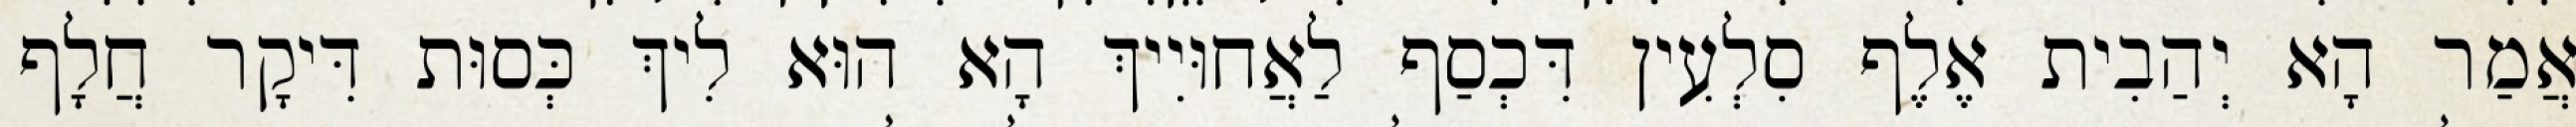
אֲמַר הָא יְהַבִית אֶלֶף סִלְעִין דִּכְסַף לַאֲחוּיִיךְ הָא הוּא לִיךְ כְּסוּת דִּיקָר חֲלָף